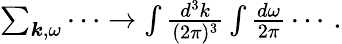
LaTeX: \begin{array}{r}{\sum_{\boldsymbol{k},\omega}\cdots\to\int\frac{d^{3}k}{(2\pi)^{3}}\int\frac{d\omega}{2\pi}\cdots\, .}\end{array}